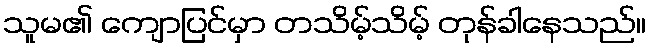
သူမ၏ ကျောပြင်မှာ တသိမ့်သိမ့် တုန်ခါနေသည်။